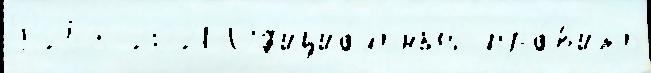
Р258 2021 Оф'ициа́льный пра́в'ить